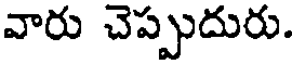
వారు చెప్పుదురు.